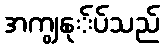
အကျွနု်ပ်သည်